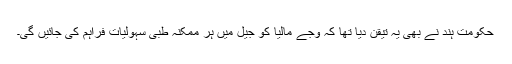
حکومت ہند نے بھی یہ تیقن دیا تھا کہ وجے مالیا کو جیل میں ہر ممکنہ طبی سہولیات فراہم کی جائیں گی۔